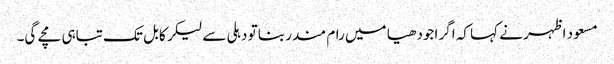
مسعود اظہر نے کہا کہ اگر اجودھیا میں رام مندر بنا تو دہلی سے لیکر کابل تک تباہی مچے گی۔